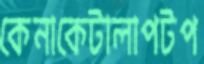
কেনাকেটালাপটপ